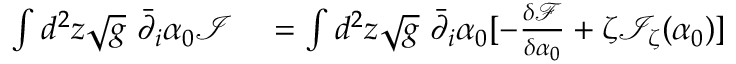
\begin{array} { r l } { \int d ^ { 2 } z \sqrt { g } \ \bar { \partial } _ { i } \alpha _ { 0 } \mathcal I } & { { } = \int d ^ { 2 } z \sqrt { g } \ \bar { \partial } _ { i } \alpha _ { 0 } [ - \frac { \delta { \mathcal F } } { \delta \alpha _ { 0 } } + \zeta \mathcal I _ { \zeta } ( \alpha _ { 0 } ) ] } \end{array}